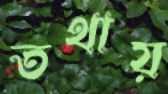
তথায়